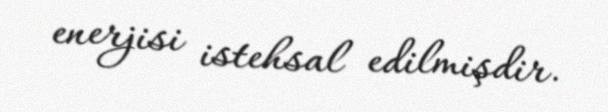
enerjisi istehsal edilmişdir.